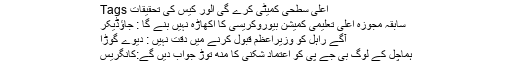
Tags اعلی سطحی کمیٹی کرے گی الور کیس کی تحقیقات
سابقہ مجوزہ اعلی تعلیمی کمیشن بیوروکریسی کا اکھاڑہ نہیں بنے گا : جاؤڈیکر
آگے راہل کو وزیراعظم قبول کرنے میں دقت نہیں : دیوے گوڑا
ہماچل کے لوگ بی جے پی کو اعتماد شکنی کا منھ توڑ جواب دیں گے:کانگریس